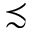
\precsim